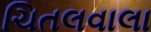
ચિતલવાલા